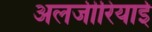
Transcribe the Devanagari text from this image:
अलजीरियाई